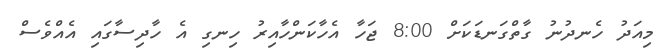
މިއަދު ހެނދުނު ގާތްގަނޑަކަށް 8:00 ޖަހާ އެހާކަންހާއިރު ހިނގި އެ ހާދިސާގައި އެއްވެސް